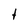
Character: t